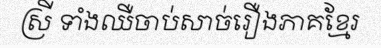
ស្រី ទាំងឈឺចាប់សាច់រឿងភាគខ្មែរ